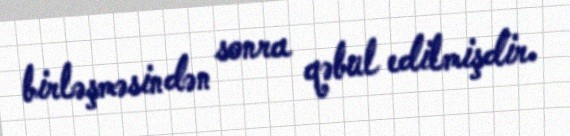
birləşməsindən sonra qəbul edilmişdir.